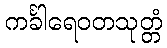
ကင်္ခါရေဝတသုတ္တံ